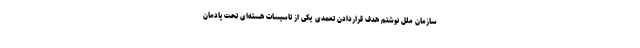
سازمان ملل نوشتم هدف قراردادن تعمدی یکی از تاسیسات هسته‌ای تحت پادمان